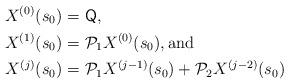
LaTeX: \begin{align*}X^{(0)}(s_{0}) = & \ \mathsf{Q}, \\X^{(1)}(s_{0}) = & \ \mathcal{P}_{1}X^{(0)}(s_{0}), \mathrm{and}\\X^{(j)}(s_{0})= & \ \mathcal{P}_{1} X^{(j-1)}(s_{0}) + \mathcal{P}_{2}X^{(j-2)}(s_{0})\end{align*}